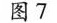
图7